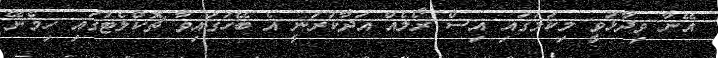
އޭނާ ވިދާޅުވީ މިކަމުގައި އިސް ރޯލެއް އަދާކުރަނީ އެ ބޭހުގައިވާ ޗޮކްލެޓުގައި ހިމެނޭ